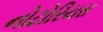
નોટોરિયસ